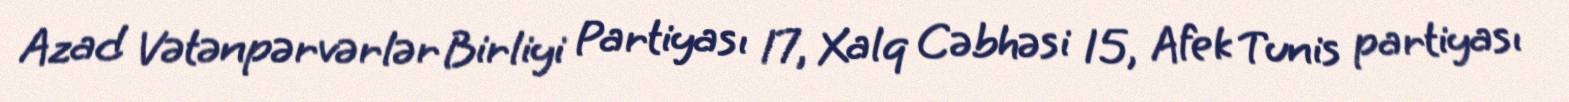
Azad Vətənpərvərlər Birliyi Partiyası 17, Xalq Cəbhəsi 15, Afek Tunis partiyası